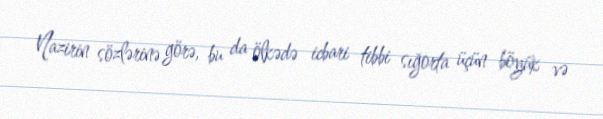
Nazirin sözlərinə görə, bu da ölkədə icbari tibbi sığorta üçün böyük və